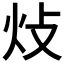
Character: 𤆝